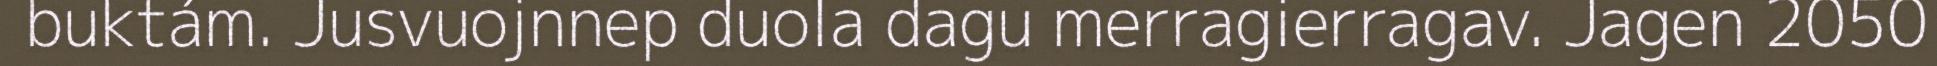
buktám. Jusvuojnnep duola dagu merragierragav. Jagen 2050